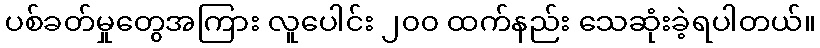
ပစ်ခတ်မှုတွေအကြား လူပေါင်း ၂၀၀ ထက်နည်း သေဆုံးခဲ့ရပါတယ်။